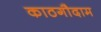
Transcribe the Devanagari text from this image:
काठगौदाम